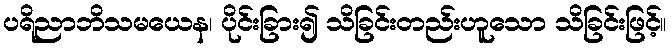
ပရိညာဘိသမယေန၊ ပိုင်းခြား၍ သိခြင်းတည်းဟူသော သိခြင်းဖြင့်။